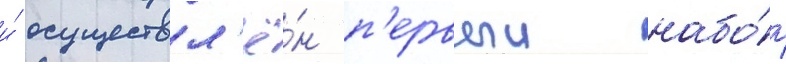
и́ осуществл'ё́н п'ервыи набо́р